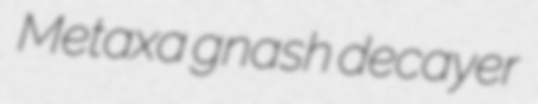
Metaxa gnash decayer